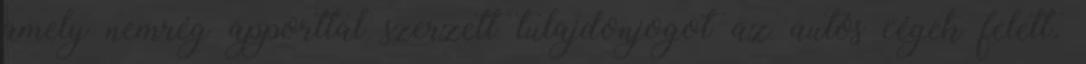
amely nemrég apporttal szerzett tulajdonjogot az autós cégek felett.